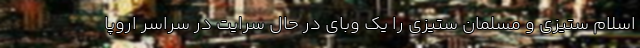
اسلام ستیزی و مسلمان ستیزی را یک وبای در حال سرایت در سراسر اروپا